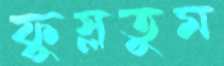
ফুস্‌লতুম